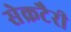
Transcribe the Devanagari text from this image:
सेक्रटैरी